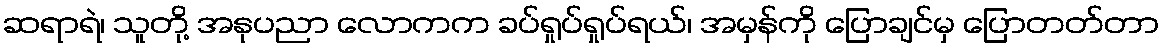
ဆရာရဲ၊ သူတို့ အနုပညာ လောကက ခပ်ရှုပ်ရှုပ်ရယ်၊ အမှန်ကို ပြောချင်မှ ပြောတတ်တာ